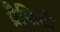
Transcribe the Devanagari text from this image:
ग्रैफिटी